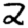
Digit: 2